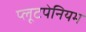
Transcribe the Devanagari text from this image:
प्लूटपेनियम